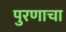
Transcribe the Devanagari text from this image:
पुरणाचा